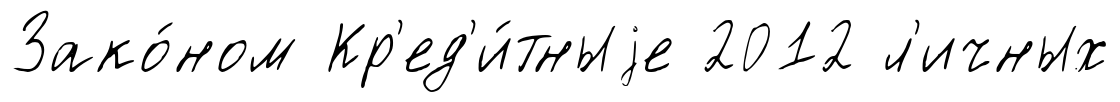
Зако́ном Кр'ед'и́тныjе 2012 л'ичных